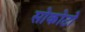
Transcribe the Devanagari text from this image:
सोकोटो